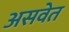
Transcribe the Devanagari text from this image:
असवेत